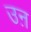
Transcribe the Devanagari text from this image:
उऩ